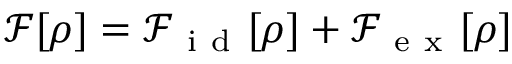
\mathcal { F } [ \rho ] = \mathcal { F } _ { \mathrm { ~ i ~ d ~ } } [ \rho ] + \mathcal { F } _ { \mathrm { ~ e ~ x ~ } } [ \rho ]